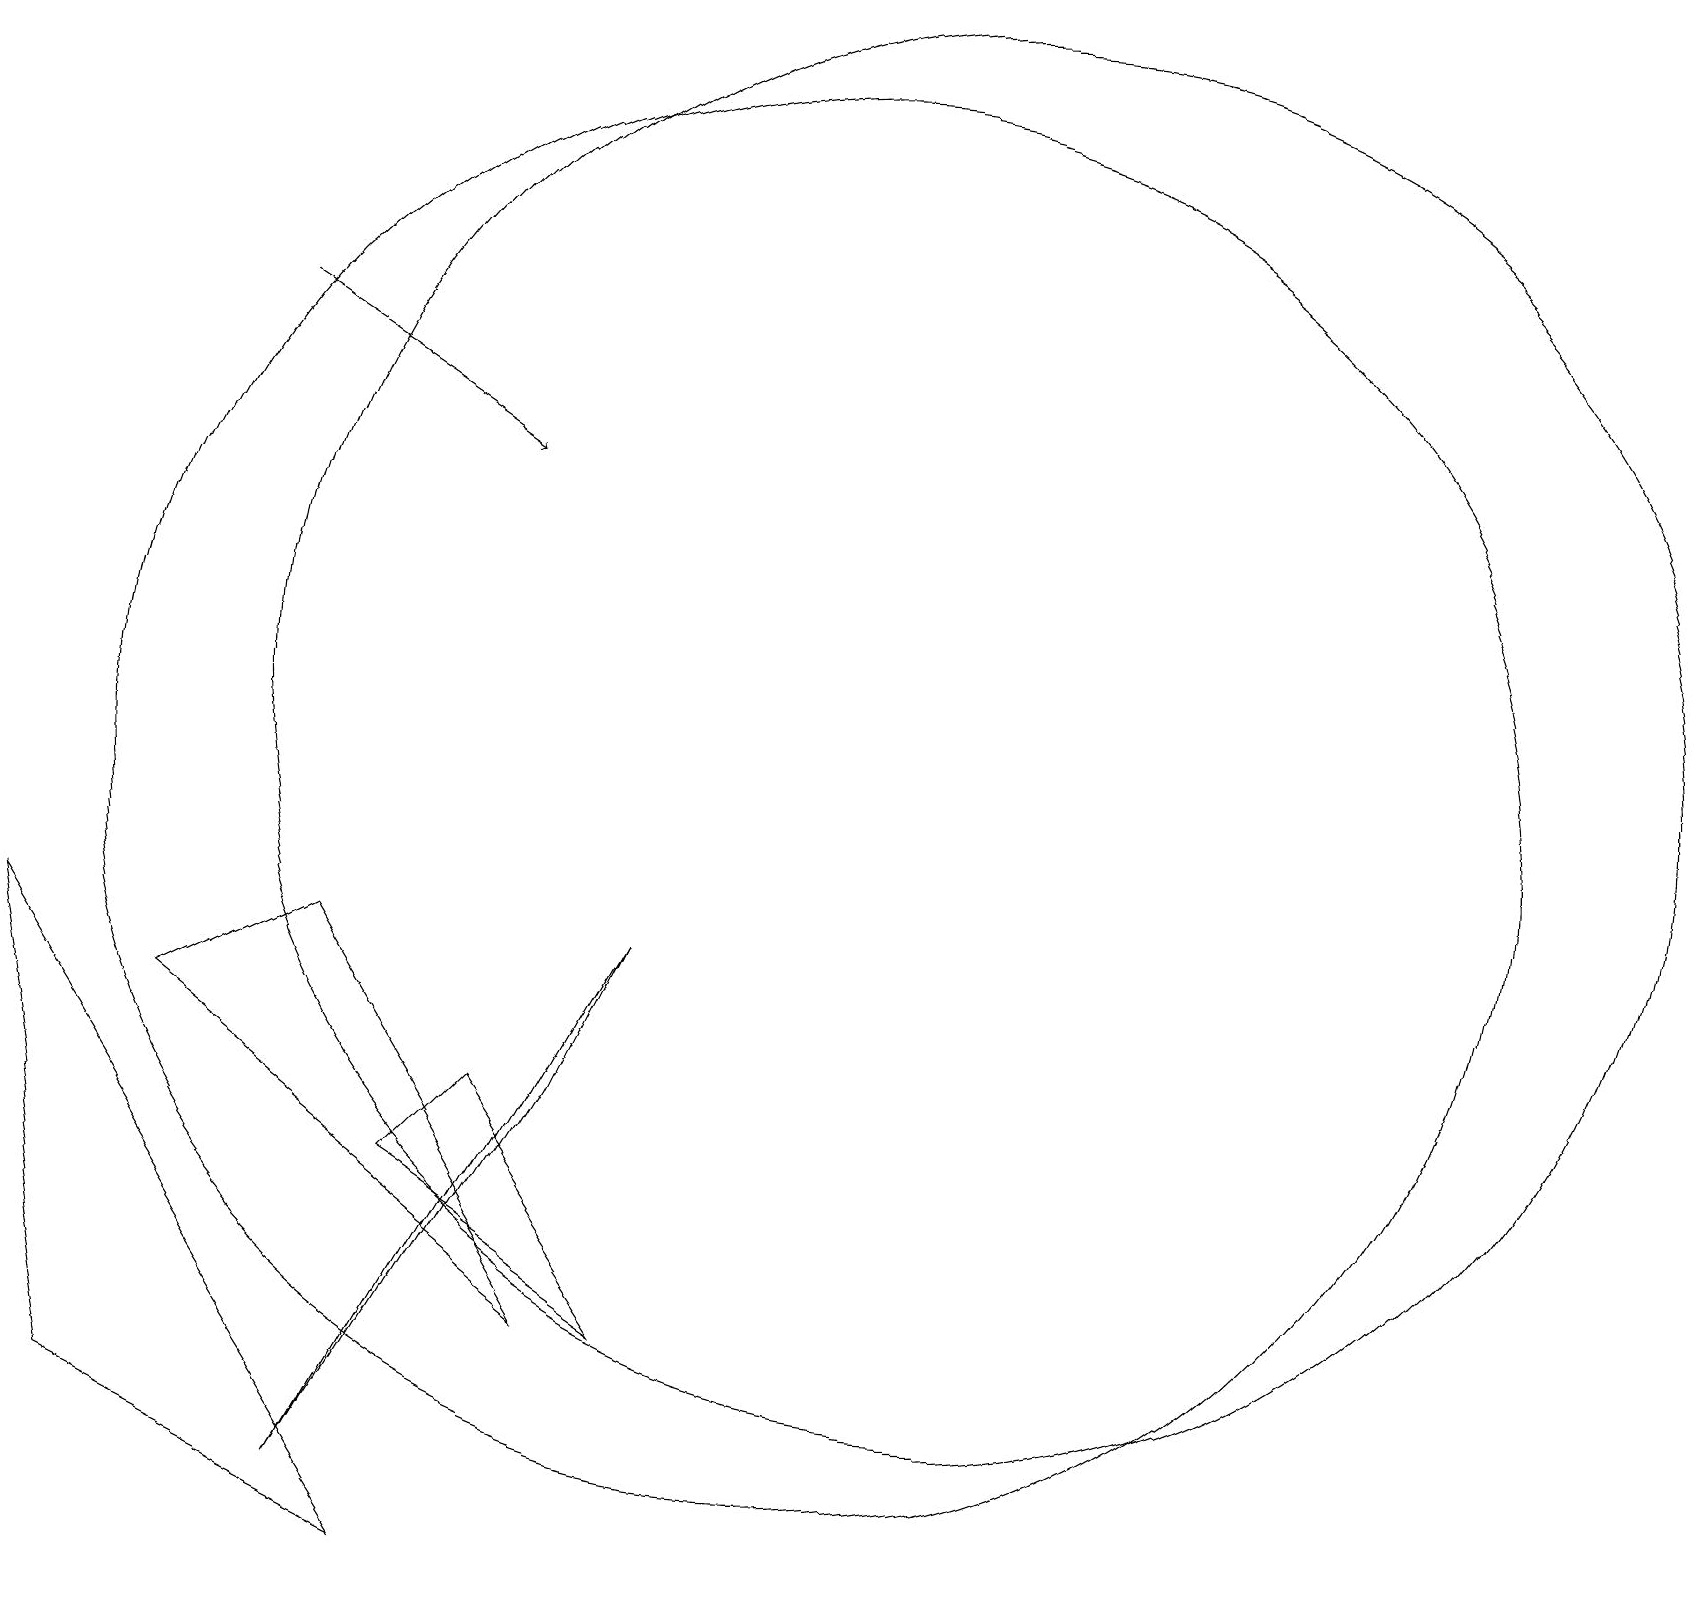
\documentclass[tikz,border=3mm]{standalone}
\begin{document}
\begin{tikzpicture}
\draw[->] (3,17) -- (6,15);
\draw (12,12) circle (9);
\draw (7,7) -- (4,2) -- (8,9) -- cycle;
\draw (6,7) -- (8,4) -- (5,6) -- cycle;
\draw (2,8) -- (4,9) -- (7,4) -- cycle;
\draw (1,3) -- (0,9) -- (5,1) -- cycle;
\draw (10,11) circle (9);
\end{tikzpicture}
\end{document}